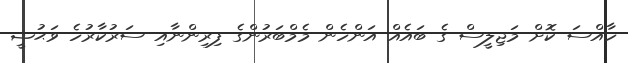
ހާއްސަ ކޮށް މަޖިލީސް ގެ ބައެއް އަންހެން މެމްބަރުންގެ ފިރިންނާއި ސަރުކާރުހެ ވަޙުޝީ